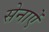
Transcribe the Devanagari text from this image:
सेनाऐं